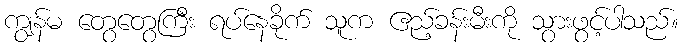
ကျွန်မ တွေတွေကြီး ရပ်နေခိုက် သူက ဧည့်ခန်းမီးကို သွားဖွင့်ပါသည်။